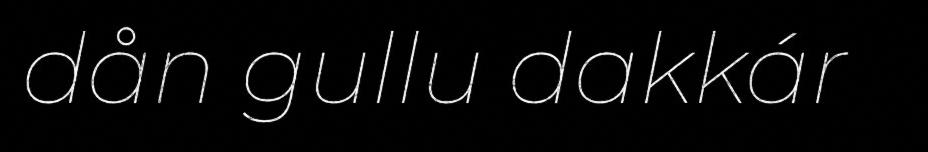
dån gullu dakkár